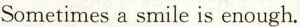
Sometimes a smile is enough.